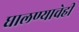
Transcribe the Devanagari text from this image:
घालण्‍याचेही